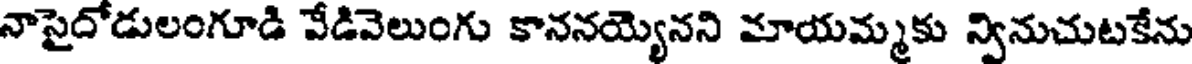
నాసైదోడులంగూడి వేడివెలుంగు కాననయ్యెనని మాయమ్మకు న్వినుచుటకేను